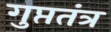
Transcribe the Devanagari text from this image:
गुप्ततंत्र